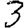
Digit: 3